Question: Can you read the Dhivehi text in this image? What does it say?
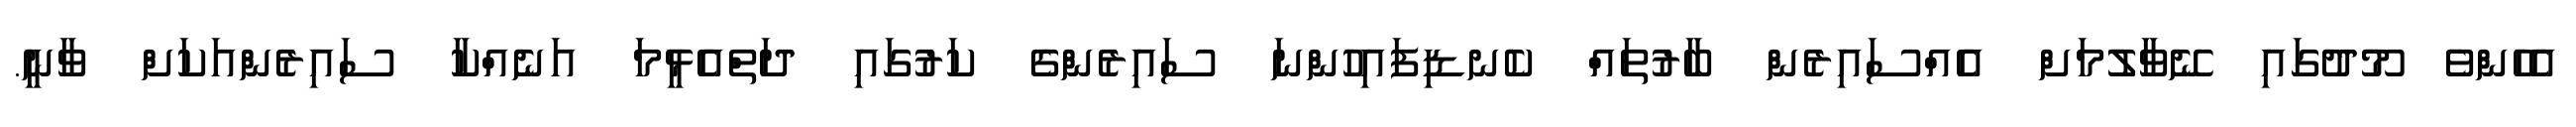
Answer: އެހެންވެ މޫދުގައި ނޭވާލުމަށް އެއްސައިރެން ބާރުތައް ކެނޑިފައިހުންނަ ސައިރެންގެ ކަރުގައި ދަތްއެޅީމަ އަނެއްކާ ސައިރެންއަކަށް ވާނީ.